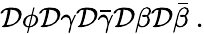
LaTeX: {\cal D}\phi{\cal D}\gamma{\cal D}\bar{\gamma}{\cal D}\beta{\cal D}\bar{\beta}~.